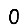
Digit: 0